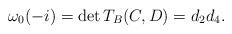
LaTeX: \begin{align*} \omega_0(-i) = \det T_{B}(C,D) = d_2 d_4.\end{align*}